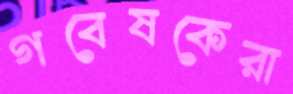
গবেষকেরা